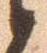
候